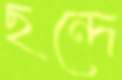
ছন্দে